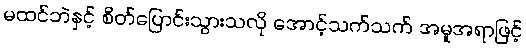
မထင်ဘဲနှင့် စိတ်ပြောင်းသွားသလို အောင့်သက်သက် အမူအရာဖြင့်